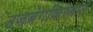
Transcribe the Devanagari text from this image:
उजबेगकिस्तान